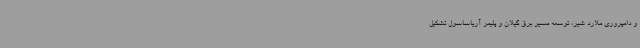
و دامپروری ملارد شیر، توسعه مسیر برق گیلان و پلیمر آریاساسول تشکیل